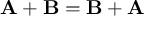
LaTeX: \mathbf { A } + \mathbf { B } = \mathbf { B } + \mathbf { A }